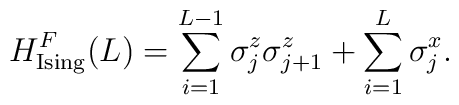
H_{\rm Ising}^F(L)=\sum_{i=1}^{L-1}{\sigma_j^z}{\sigma_{j+1}^z}+\sum_{i=1}^{L}{\sigma_j^x}.